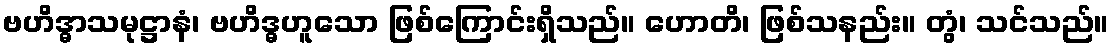
ဗဟိဒ္ဓာသမုဋ္ဌာနံ၊ ဗဟိဒ္ဓဟူသော ဖြစ်ကြောင်းရှိသည်။ ဟောတိ၊ ဖြစ်သနည်း။ တွံ၊ သင်သည်။